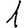
Digit: 1